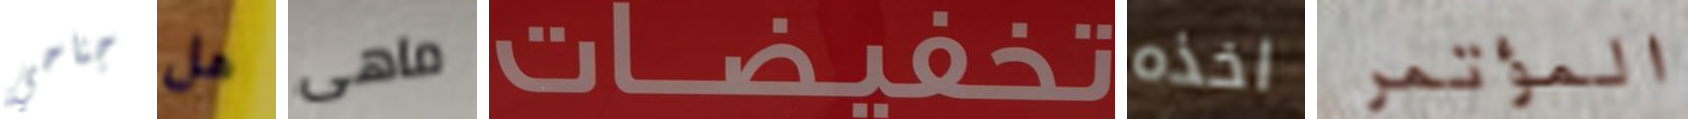
جناحي هل ماهى تخفيضات اخذه المؤتمر